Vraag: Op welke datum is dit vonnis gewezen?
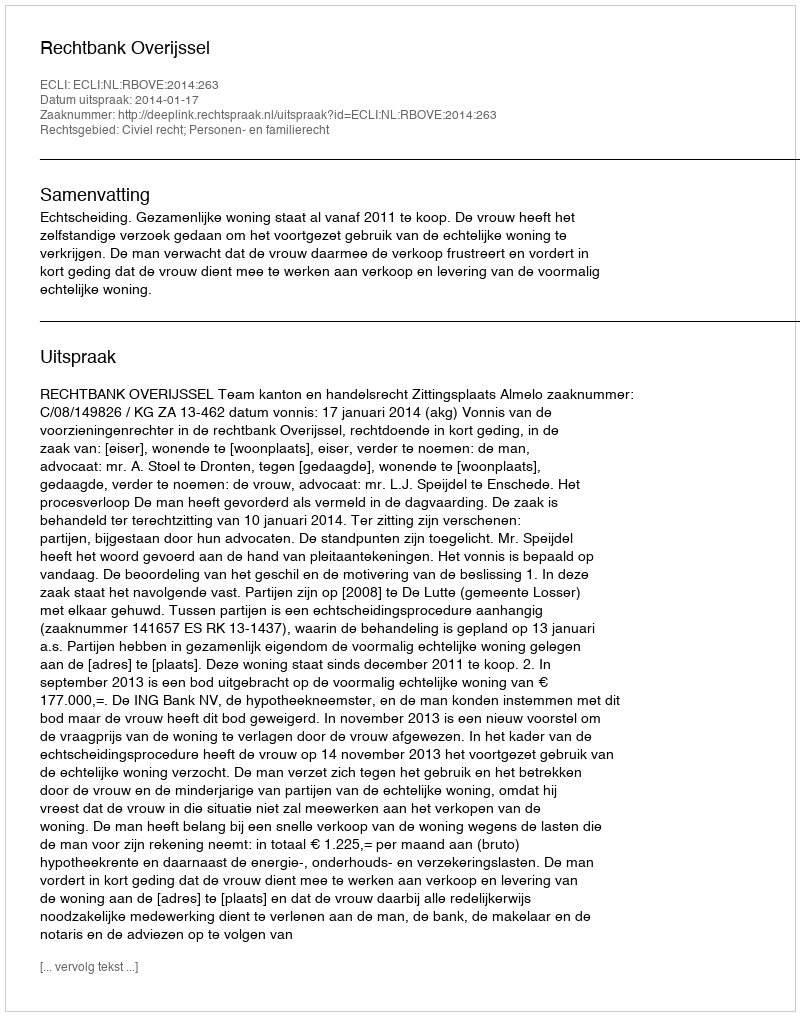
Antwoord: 2014-01-17